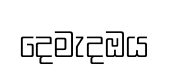
දෙමැදඔය